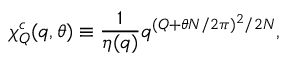
\chi _ { Q } ^ { c } ( q , \theta ) \equiv { \frac { 1 } { \eta ( q ) } } q ^ { ( Q + \theta N / 2 \pi ) ^ { 2 } / 2 N } ,